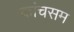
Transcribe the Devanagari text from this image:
कांचसम